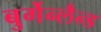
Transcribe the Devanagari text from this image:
बुर्गेन्लैन्ड